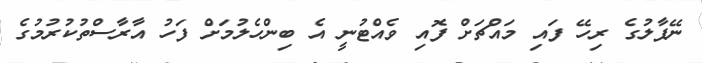
ނޭޕާލުގެ ރިހޭ ފައި މައްޗަށް ފޮއި ވެއްޓުނީ އެ ބިންހެލުމަށް ފަހު އާރާސްތުކުރުމުގެ